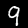
Digit: 9